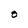
Character: O